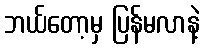
ဘယ်တော့မှ ပြန်မလာနဲ့